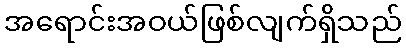
အရောင်းအဝယ်ဖြစ်လျက်ရှိသည်